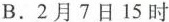
B.2月7日15时